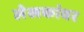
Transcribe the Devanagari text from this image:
लेखकांवर